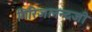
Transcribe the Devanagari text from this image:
गिरिजानन्दजी